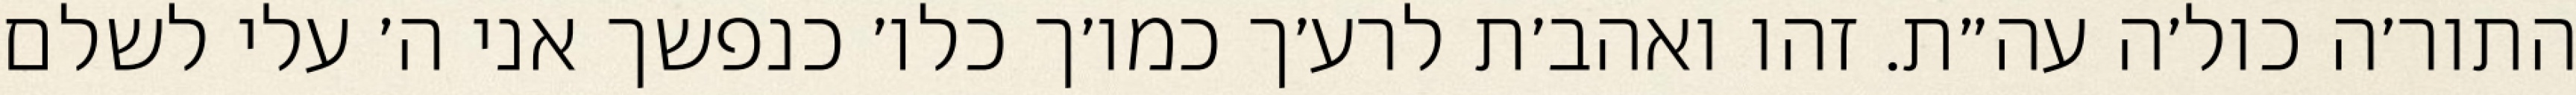
התור׳ה כול׳ה עה״ת. זהו ואהב׳ת לרע׳ך כמו׳ך כלו׳ כנפשך אני ה׳ עלי לשלם